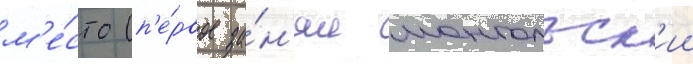
м'е́сто (п'е́рвое за́н'ял монгольск'ии